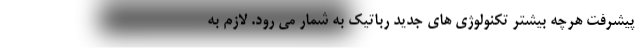
پیشرفت هرچه بیشتر تکنولوژی های جدید رباتیک به شمار می رود. لازم به